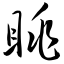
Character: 眺